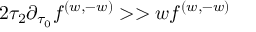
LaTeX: { 2 \tau _ { 2 } \partial _ { \tau _ { 0 } } f ^ { ( w , - w ) } > > w f ^ { ( w , - w ) } }